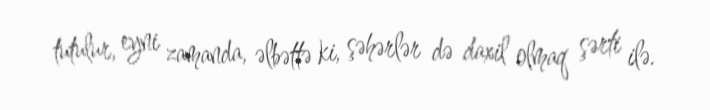
tutulur, eyni zamanda, əlbəttə ki, şəhərlər də daxil olmaq şərti ilə.